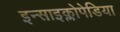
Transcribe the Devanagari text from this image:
इन्साइक्लोपेडिया